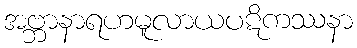
အဗ္ဘာနာရဟမူလာယပဋိကဿနာ